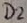
Text: D2